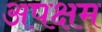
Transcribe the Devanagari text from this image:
अपक्षम